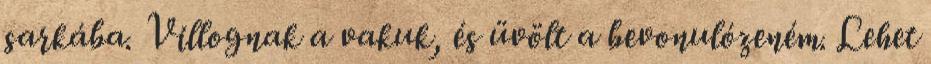
sarkába. Villognak a vakuk, és üvölt a bevonulózeném. Lehet